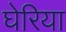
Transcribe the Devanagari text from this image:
घेरिया